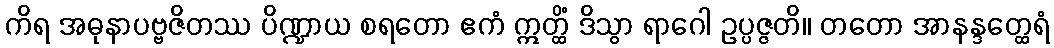
ကိရ အဓုနာပဗ္ဗဇိတဿ ပိဏ္ဍာယ စရတော ဧကံ ဣတ္ထိံ ဒိသွာ ရာဂေါ ဥပ္ပဇ္ဇတိ။ တတော အာနန္ဒတ္ထေရံ